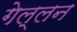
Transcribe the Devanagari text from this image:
गेल्लन